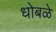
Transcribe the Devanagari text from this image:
धोबळे